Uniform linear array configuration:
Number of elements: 24
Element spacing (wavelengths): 0.5
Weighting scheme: hamming
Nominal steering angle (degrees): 0
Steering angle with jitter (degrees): -1.08
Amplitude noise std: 0.05
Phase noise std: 0.05

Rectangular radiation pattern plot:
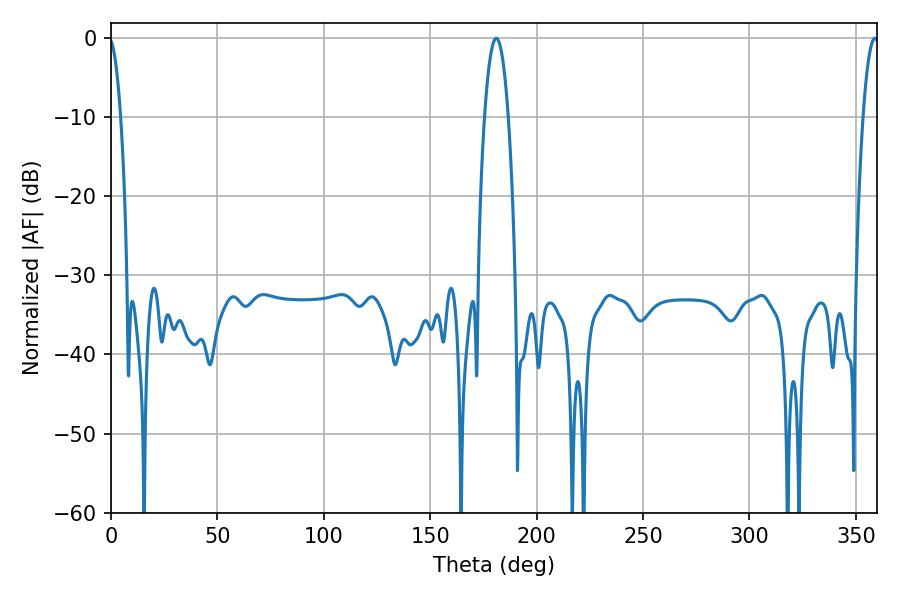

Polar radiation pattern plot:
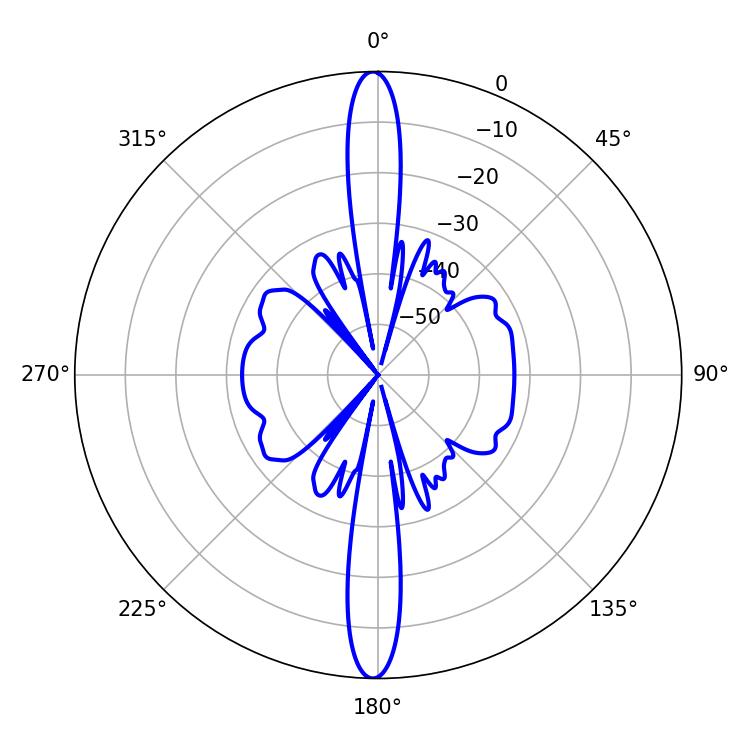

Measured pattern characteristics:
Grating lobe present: FALSE
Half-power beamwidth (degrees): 6.12
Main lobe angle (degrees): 181.08